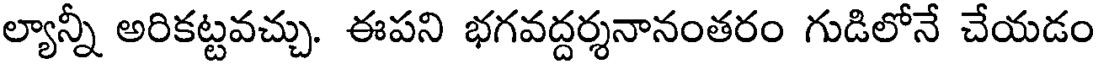
ల్యాన్నీ అరికట్టవచ్చు. ఈపని భగవద్దర్శనానంతరం గుడిలోనే చేయడం